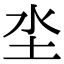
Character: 坔